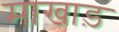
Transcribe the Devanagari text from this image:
माखाड़